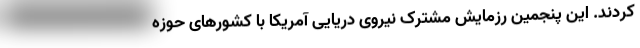
کردند. این پنجمین رزمایش مشترک نیروی دریایی آمریکا با کشورهای حوزه